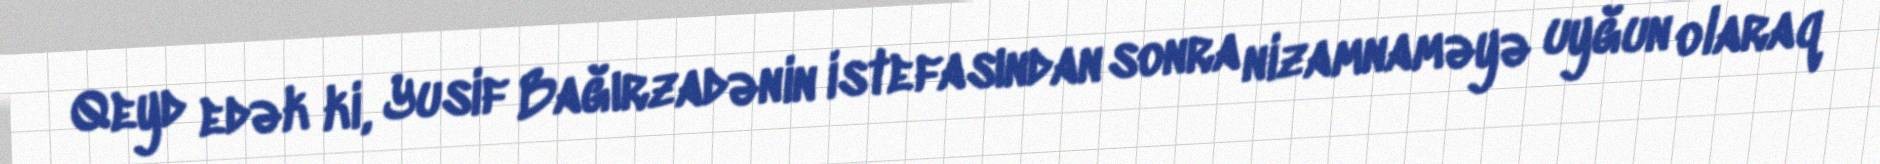
Qeyd edək ki, Yusif Bağırzadənin istefasından sonra nizamnaməyə uyğun olaraq